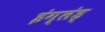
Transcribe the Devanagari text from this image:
इंग्लंड्